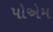
પોએમ